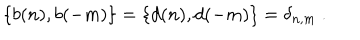
\{ b ( n ) , b ( - m ) \} = \{ d ( n ) , d ( - m ) \} = \delta _ { n , m } \ .